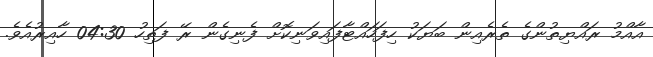
އާއްމު ރައްޔިތުންގެ ތެރެއިން ބަޔަކު ހިފަހައްޓާފައިވަނިކޮށް ފެނިގެން ރޭ ފަތިހު 04:30 ހާއިރުއެވެ.